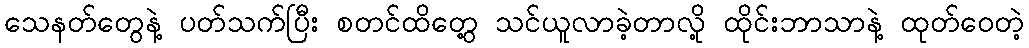
သေနတ်တွေနဲ့ ပတ်သက်ပြီး စတင်ထိတွေ့ သင်ယူလာခဲ့တာလို့ ထိုင်းဘာသာနဲ့ ထုတ်ဝေတဲ့